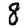
Digit: 8